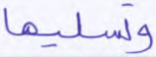
وتسليما